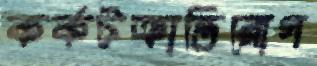
কর্কটক্রান্তিরোগ